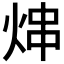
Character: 𬊑